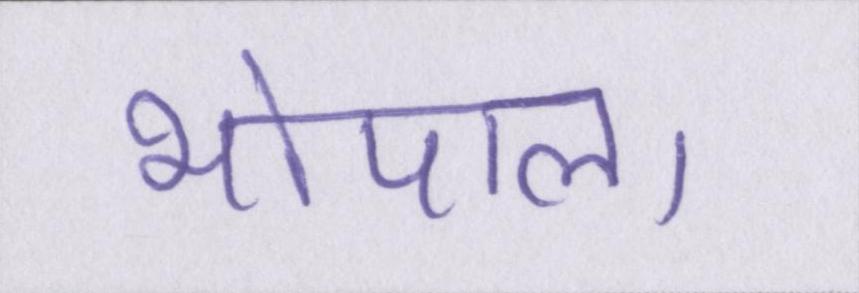
भोपाल।